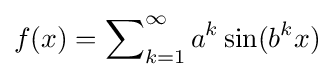
f(x)=\sum \nolimits _{k=1}^{\infty }a^{k}\sin(b^{k}x)